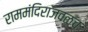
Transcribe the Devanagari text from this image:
राममंदिराजवळच